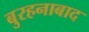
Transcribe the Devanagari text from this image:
बुरहनाबाद